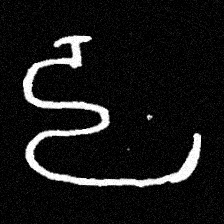
Pyu character \u2014 Myanmar letter: ဠ (romanized: lla)